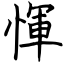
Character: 惲